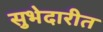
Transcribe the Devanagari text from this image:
सुभेदारीत